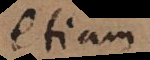
etiam